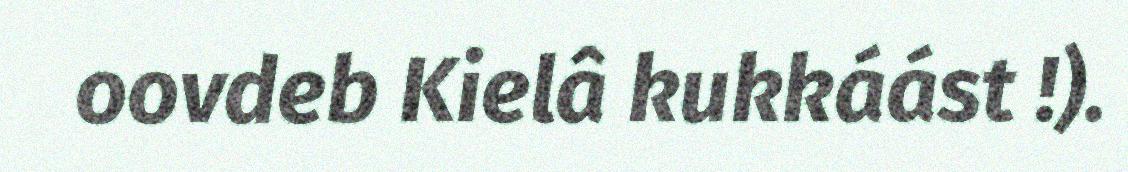
oovdeb Kielâ kukkáást !).